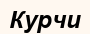
Курчи